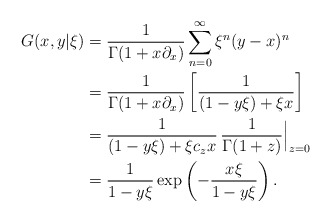
\begin{align*}G(x, y| \xi) & = \frac{1}{\Gamma(1 + x\partial_{x})} \sum_{n=0}^{\infty} \xi^n (y - x)^n \\& = \frac{1}{\Gamma(1 + x\partial_{x})} \left[\frac{1}{(1 - y \xi) + \xi x}\right] \\& = \frac{1}{(1 - y \xi) + \xi c_{z} x}\, \frac{1}{\Gamma(1+z)}\Big\vert_{z=0} \\& = \frac{1}{1 - y \xi} \exp\left(- \frac{x\xi}{1-y\xi}\right).\end{align*}